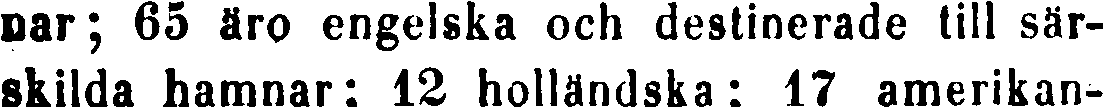
nar; 65 äro engelska och destinerade till sär-